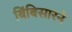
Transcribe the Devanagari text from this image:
बिंबिसारने